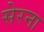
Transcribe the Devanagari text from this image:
सेरना